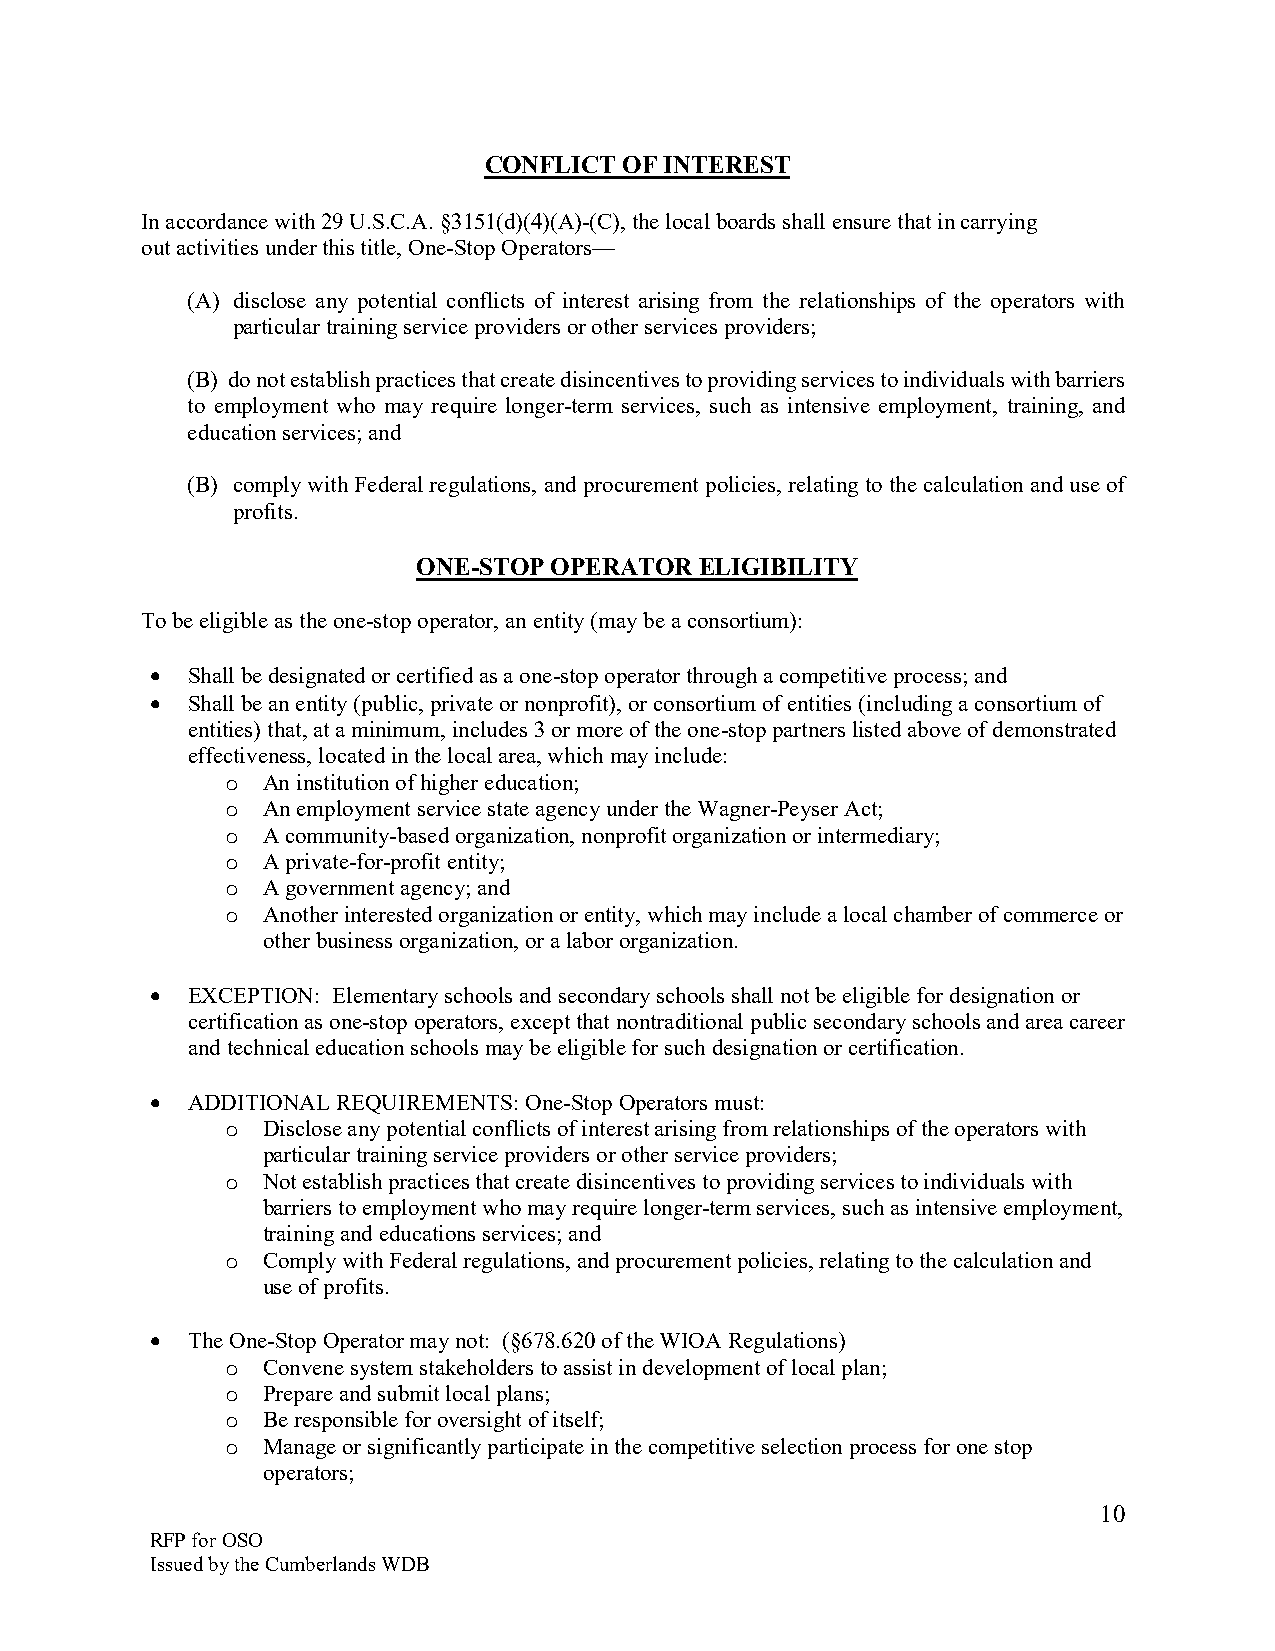
CONFLICT OF INTEREST
 In accordance with 29 U.S.C.A. §3151(d)(4)(A)-(C), the local boards shall ensure that in carrying
 out activities under this title, One-Stop Operators—
 (A) disclose any potential conflicts of interest arising from the relationships of the operators with
 particular training service providers or other services providers;
 (B) do not establish practices that create disincentives to providing services to individuals with barriers
 to employment who may require longer-term services, such as intensive employment, training, and
 education services; and
 (B) comply with Federal regulations, and procurement policies, relating to the calculation and use of
 profits.
 ONE-STOP OPERATOR ELIGIBILITY
 To be eligible as the one-stop operator, an entity (may be a consortium):
 • Shall be designated or certified as a one-stop operator through a competitive process; and
 • Shall be an entity (public, private or nonprofit), or consortium of entities (including a consortium of
 entities) that, at a minimum, includes 3 or more of the one-stop partners listed above of demonstrated
 effectiveness, located in the local area, which may include:
 An institution of higher education;
 o
 An employment service state agency under the Wagner-Peyser Act;
 o
 A community-based organization, nonprofit organization or intermediary;
 o
 A private-for-profit entity;
 o
 A government agency; and
 o
 Another interested organization or entity, which may include a local chamber of commerce or
 o
 other business organization, or a labor organization.
 • EXCEPTION: Elementary schools and secondary schools shall not be eligible for designation or
 certification as one-stop operators, except that nontraditional public secondary schools and area career
 and technical education schools may be eligible for such designation or certification.
 • ADDITIONAL REQUIREMENTS: One-Stop Operators must:
 Disclose any potential conflicts of interest arising from relationships of the operators with
 o
 particular training service providers or other service providers;
 Not establish practices that create disincentives to providing services to individuals with
 o
 barriers to employment who may require longer-term services, such as intensive employment,
 training and educations services; and
 Comply with Federal regulations, and procurement policies, relating to the calculation and
 o
 use of profits.
 • The One-Stop Operator may not: (§678.620 of the WIOA Regulations)
 Convene system stakeholders to assist in development of local plan;
 o
 Prepare and submit local plans;
 o
 Be responsible for oversight of itself;
 o
 Manage or significantly participate in the competitive selection process for one stop
 o
 operators;
 10
 RFP for OSO
 Issued by the Cumberlands WDB